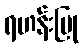
ရဟန်းပြု